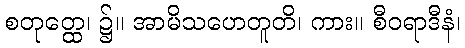
စတုတ္ထေ၊ ၌။ အာမိသဟေတူတိ၊ ကား။ စီဝရာဒီနံ၊